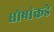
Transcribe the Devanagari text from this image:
घोषांकडे